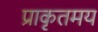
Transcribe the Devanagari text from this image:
प्राकृतमय